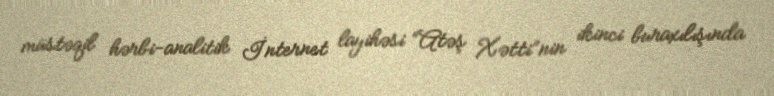
müstəqil hərbi-analitik İnternet layihəsi “Atəş Xətti”nin ikinci buraxılışında